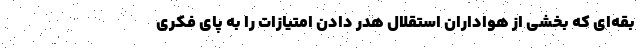
بقه‌ای که بخشی از هواداران استقلال هدر دادن امتیازات را به پای فکری